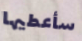
سأعطيها